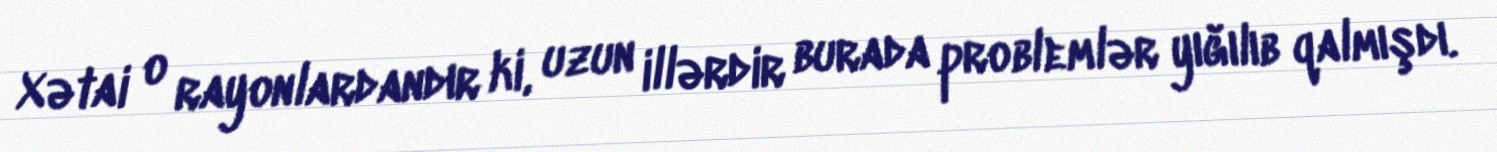
Xətai o rayonlardandır ki, uzun illərdir burada problemlər yığılıb qalmışdı.